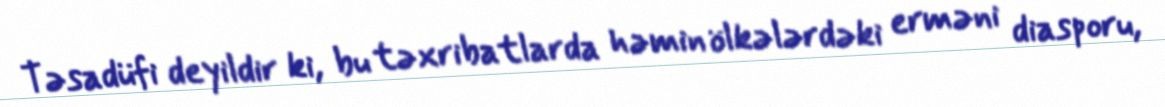
Təsadüfi deyildir ki, bu təxribatlarda həmin ölkələrdəki erməni diasporu,